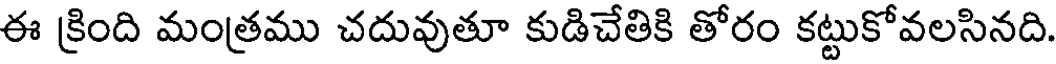
ఈ క్రింది మంత్రము చదువుతూ కుడిచేతికి తోరం కట్టుకోవలసినది.